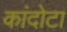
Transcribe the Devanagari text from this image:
कांदोटा